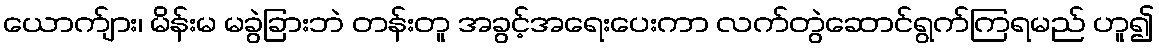
ယောက်ျား၊ မိန်းမ မခွဲခြားဘဲ တန်းတူ အခွင့်အရေးပေးကာ လက်တွဲဆောင်ရွက်ကြရမည် ဟူ၍